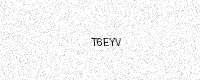
Text: T6EYV